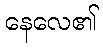
နေလေ၏